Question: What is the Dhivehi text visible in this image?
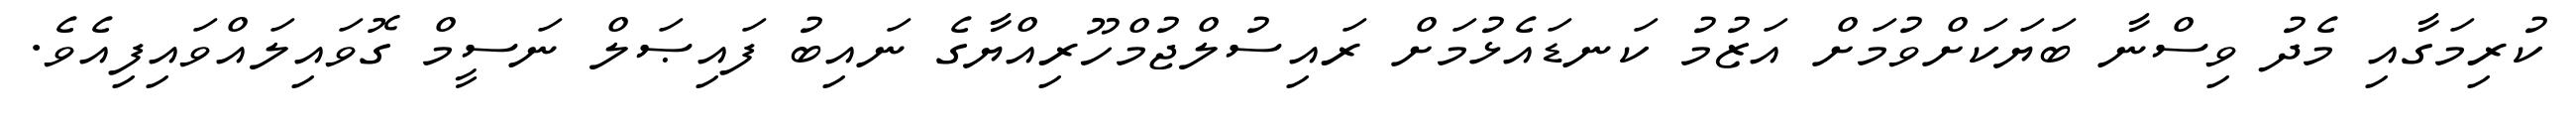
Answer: ކުރިމަގާއި މެދު ވިސްނާ ބަޔަކަށްވުމަށް އަޒުމު ކަނޑައެޅުމަށް ރައިސުލްޖުމްހޫރިއްޔާގެ ނައިބު ފައިޞަލް ނަސީމް ގޮވައިލައްވައިފިއެވެ.